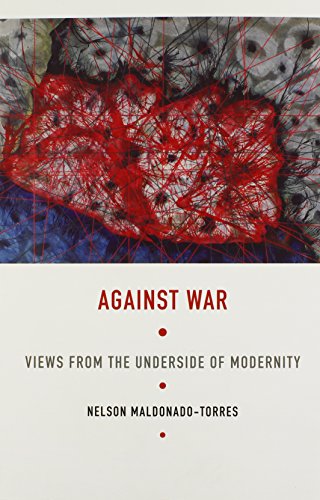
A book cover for Against War: Views from the Underside of Modernity (Latin America Otherwise); Nelson Maldonado-Torres; Christian Books & Bibles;